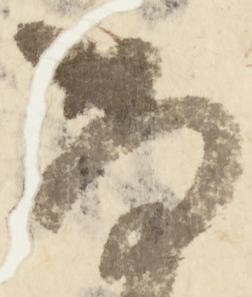
尚